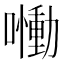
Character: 𡂁